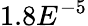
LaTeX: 1.8E^{-5}